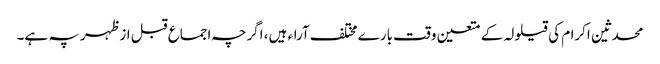
محدثین اکرام کی قیلولہ کے متعین وقت بارے مختلف آراء ہیں، اگرچہ اجماع قبل ازظہر پہ ہے۔